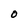
Character: O